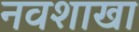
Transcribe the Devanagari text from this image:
नवशाखा